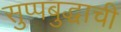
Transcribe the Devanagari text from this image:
सुप्पबुद्धाची